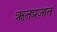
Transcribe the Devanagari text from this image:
ऋतप्रजात